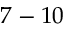
7 - 1 0